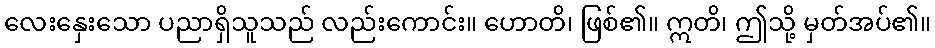
လေးနှေးသော ပညာရှိသူသည် လည်းကောင်း။ ဟောတိ၊ ဖြစ်၏။ ဣတိ၊ ဤသို့ မှတ်အပ်၏။